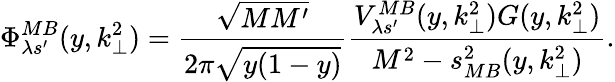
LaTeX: \Phi_{\lambda s^{\prime}}^{MB}(y,k_{\perp}^{2})=\frac{\sqrt{MM^{\prime}}}{2\pi\sqrt{y(1-y)}}\frac{V_{\lambda s^{\prime}}^{MB}(y,k_{\perp}^{2})G(y,k_{\perp}^{2})}{M^{2}-s_{MB}^{2}(y,k_{\perp}^{2})}.